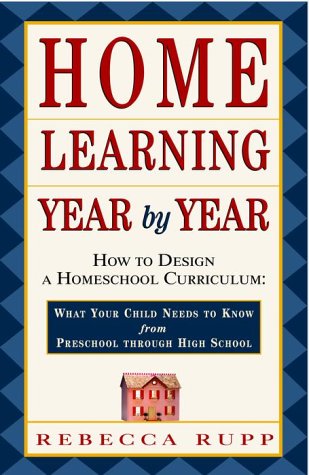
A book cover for Home Learning Year by Year: How to Design a Homeschool Curriculum from Preschool Through High School; Rebecca Rupp; Education & Teaching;